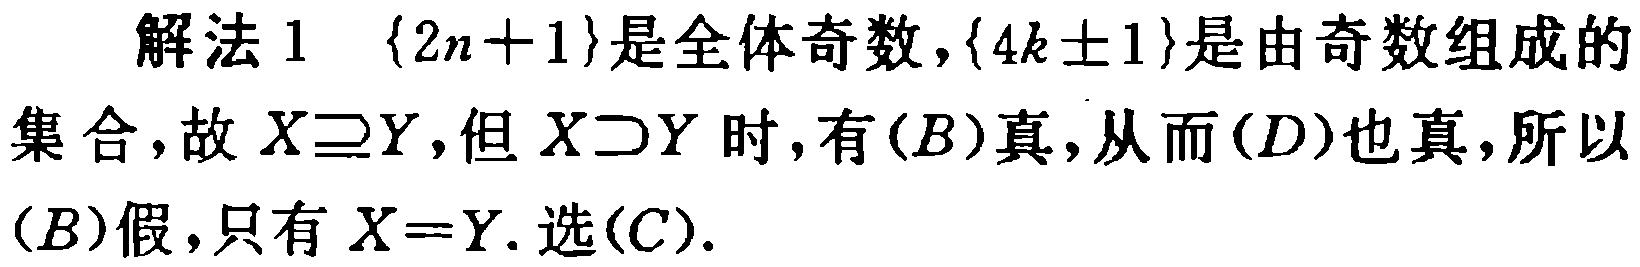
解法1 $\{2n + 1\}$是全体奇数，$\{4k\pm1\}$是由奇数组成的
集合，故$X\supseteq Y$，但$X\supset Y$ 时，有$(B)$真，从而$(D)$也真，所以
$(B)$假，只有$X = Y$. 选$(C)$.